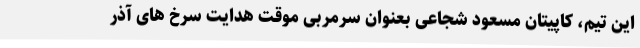
این تیم، کاپیتان مسعود شجاعی بعنوان سرمربی موقت هدایت سرخ های آذر